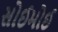
સોઈમોઈ